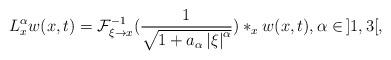
LaTeX: \begin{align*} L^\alpha_x w(x,t)=\mathcal{F}_{\xi \rightarrow x}^{-1} (\frac{1}{\sqrt{1+a_\alpha\left\vert \xi \right\vert^\alpha}})\ast_x w(x,t), \alpha \in \,]1,3[, \end{align*}